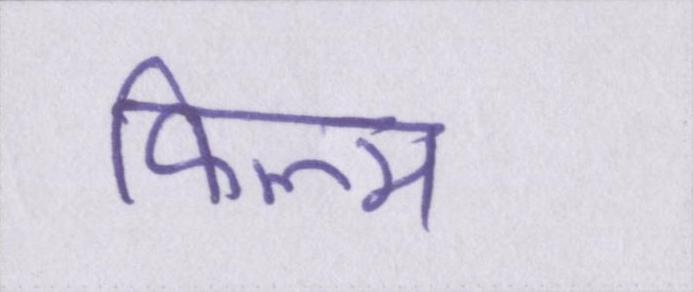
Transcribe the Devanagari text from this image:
फिल्म